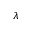
\lambda